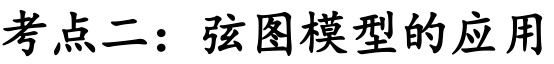
考点二：弦图模型的应用